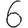
Digit: 6